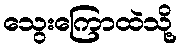
သွေးကြောထဲသို့